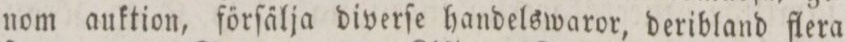
nom auktion, förſälja diverſe handelswaror, deribland flera